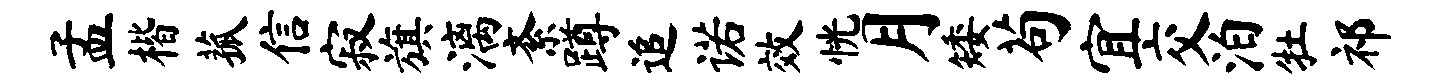
孟楷菰信寂旗漓紊蹲追诺效恍月矮苟宜交泊牡祁